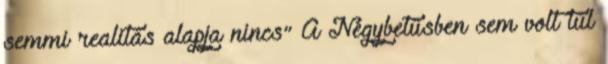
semmi realitás alapja nincs” A Négybetűsben sem volt túl